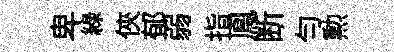
卑綠俠郁弱指鳯断匀勲